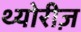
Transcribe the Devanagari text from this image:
थ्योरीज़